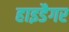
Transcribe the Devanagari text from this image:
हाइडैगर